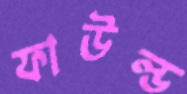
ফাউল্ড